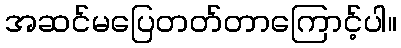
အဆင်မပြေတတ်တာကြောင့်ပါ။